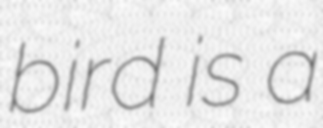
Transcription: bird is a